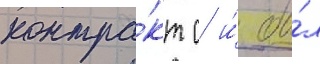
контра́кт с и́ бы́л